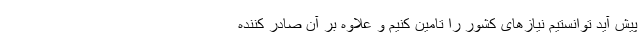
پیش آید توانستیم نیازهای کشور را تامین کنیم و علاوه بر آن صادر کننده